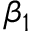
\beta _ { 1 }